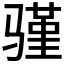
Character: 𬴆